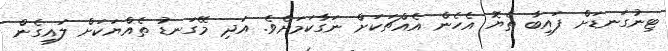
ޓިނުގަނޑަށް ފައިބާ ތެޔޮ އެހެން އެއްޗަކަށް ނަގާކަމަށެވެ. އަދި މޭގަނޑު ތެއްޔަކަށް ލައިގެން